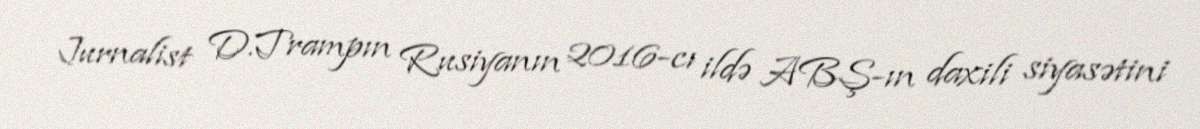
Jurnalist D.Trampın Rusiyanın 2016-cı ildə ABŞ-ın daxili siyasətini